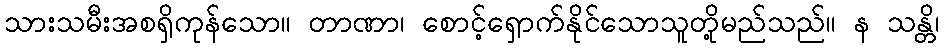
သားသမီးအစရှိကုန်သော။ တာဏာ၊ စောင့်ရှောက်နိုင်သောသူတို့မည်သည်။ န သန္တိ၊